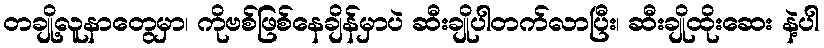
တချို့လူနာတွေမှာ၊ ကိုဗစ်ဖြစ်နေချိန်မှာပဲ ဆီးချိုပါတက်လာပြီး၊ ဆီးချိုထိုးဆေး နဲ့ပါ